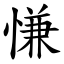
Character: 慊